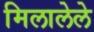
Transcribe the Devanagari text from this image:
मिलालेले